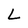
Character: L